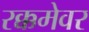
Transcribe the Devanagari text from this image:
रक्कमेवर